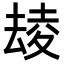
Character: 𡕮